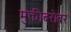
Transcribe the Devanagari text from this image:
मुक्तीबरोबर